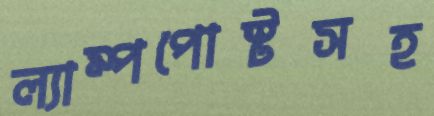
ল্যাম্পপোস্টসহ